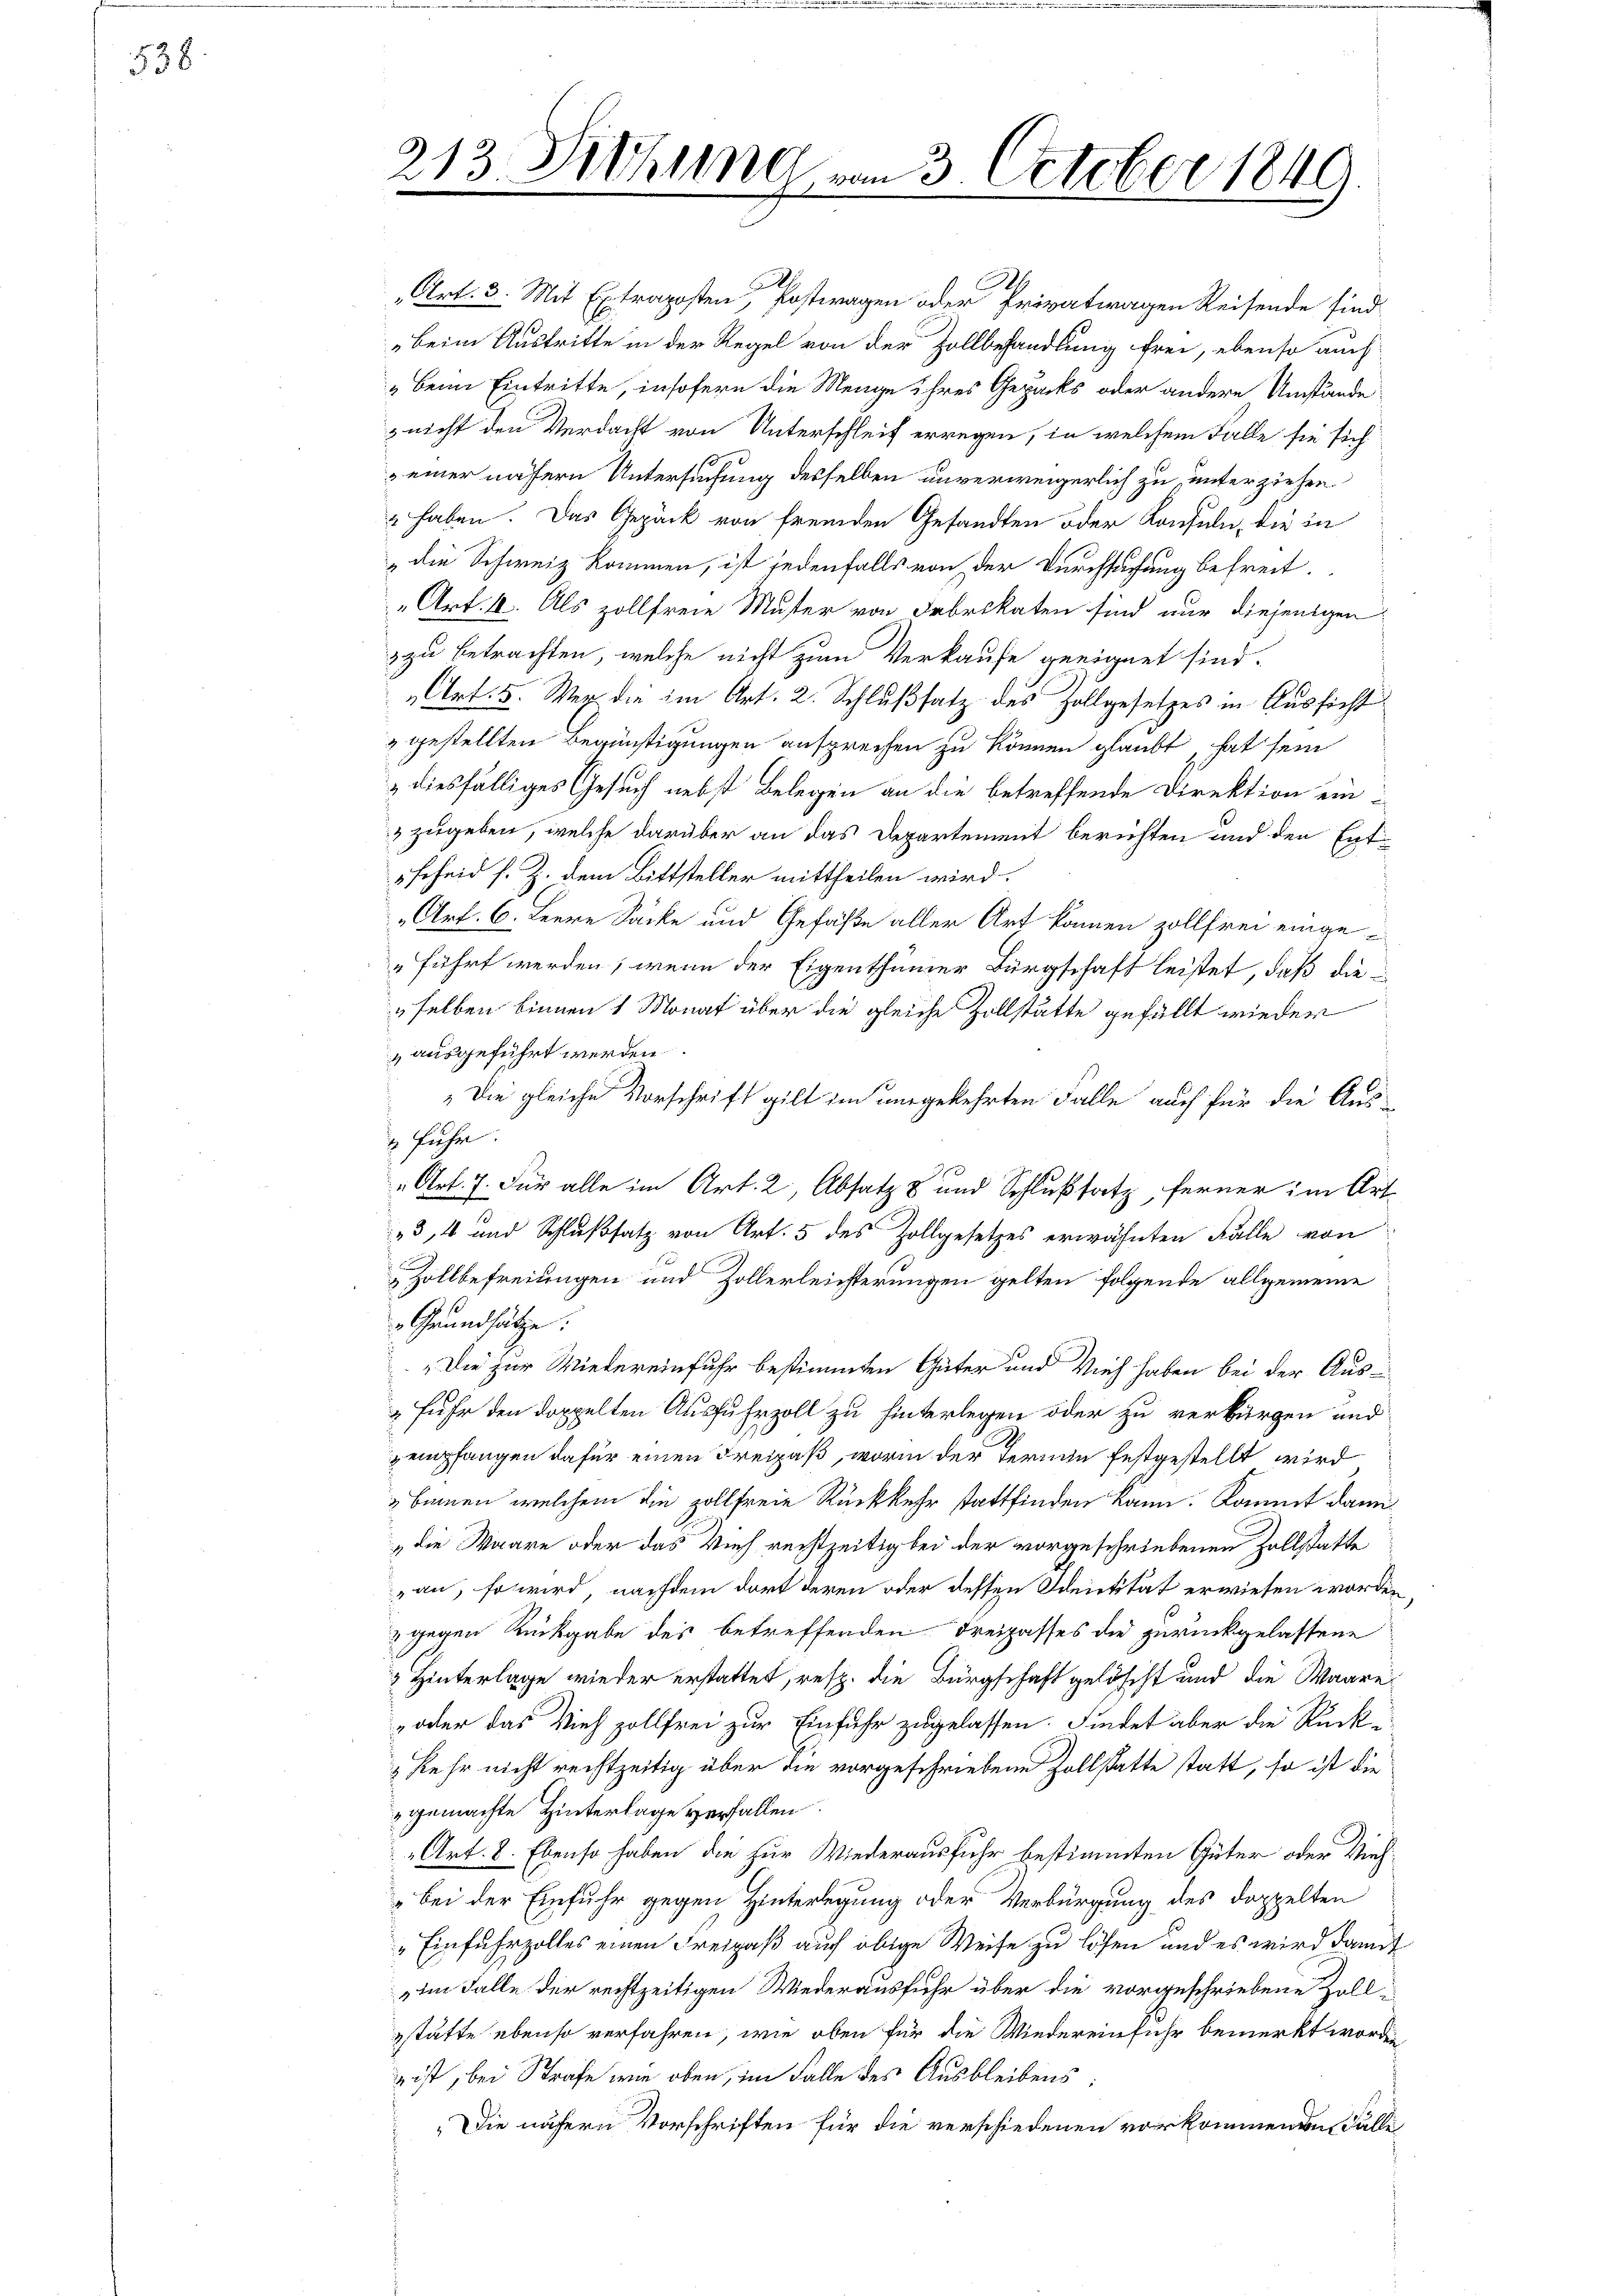
538.

213. Diehung vom 3. October 1849.

.
"Art. 3. Mit Extraposten, Postwagen oder Privatwagen Reisende sind
beim Austritte in der Regel von der Zollbehandlung frei, ebenso auch
„Beim Eintritte, insofern die Menge ihres Gepäcks oder andere Umstände
z nicht den Verdacht von Unterschleif erregen, in welchem Falle sie sich
 einer nähern Untersuchung desselben unverweigerlich zu, unterziehen
" haben. Das Gepäck von fremden Gesandten oder Konsuln, die in
„die Schweiz kommen, ist jedenfalls von der Durchsuchung befreit.
„Art. 1. Als zollfreie Muter von Fabrikaten sind nur diejenigen
z zu betrachten, welche nicht zum Verkaufe geeignet sind.
Art. 5. Weg die im Art. 2. Schlußsatz des Hollgesetzes in Aussicht
" gestellten Begünstigungen ansprechen zu können glaubt hat sein
diesfälliges Gesuch nebst Belegen an die betreffende Direktion ein¬
 zugeben, welche darüber an das Departement berichten und den Entscheid s. Z. dem Bittsteller mittheilen wird.
„Art. 6. Feere Sacke und Gefäße aller Art kommen zollfrei einge¬
"führt werden, wenn der Eigenthümer Bürgschaft leistet, daß dieselben binnen 1 Monat über die gleiche Zollstätte gefällt wieder
 ausgeführt werden.
„Die gleiche Vorschrift gilt im umgekehrten Falle auch für die Aus-
 fuhr.
„Art. 7. Für alle im Art. 2, Absatz 8 und Schlußsatz, ferner im Art.
3, 4 und Schlußsatz von Art. 5 des Zollgesetzes erwähnten Fälle von
Zollbefreiungen und Zollerleichterungen gelten folgende allgemeine
Grundsätze:
„Die zur Wiedereinfuhr bestimmten Güter und Vieh haben bei der Aus-
 Fuhr den doppelten Ausfuhrzoll zu hinterlegen oder zu verbürgen und
empfangen dafür einen Freipaß, worin der Ternen festgestellt wird
bamen welchem die zollfreie Rückkehr stattfinden kann. Kommt dann
„die Waare oder das Vieh rechtzeitig bei der vorgeschriebenen Zollstatte
an, so wird, nachdem dort deren oder dessen Identität erwiesen worden
 gegen Rückgabe des betreffenden Freipasses die zurückgelassene
3 Hinterlage wieder erstattet, resp. die Bürgschaft gelöscht und die Waare
 oder das Viehzollfrei zur Einfuhr zugelassen. Findet aber die Rück-
Kehr nicht rechtzeitig über die vorgeschriebene Zollstatte statt, so ist die
gemachte Hinterlage verfallen.
Art. 8. Ebenso haben die für Wiederausfuhr bestimmten Güter oder Vieh¬
Bei der Einfuhr gegen Hinterlegung oder Verbürgung des doppelten
"Einfuhrzolles einen Freipaß auf obige Weise zu lösen und es wird damit
im Falle der rechtzeitigen Wiederausfuhr über die vorgeschriebene Zollestätte ebenso verfahren, wie oben für die Wiedereinfuhr bemerkt worden
 ist, bei Strafe wie oben, im Falle des Ausbleibens
„Die nähern Vorschriften für die verschiedenen vorkommende Fälle